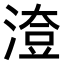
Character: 𣺔